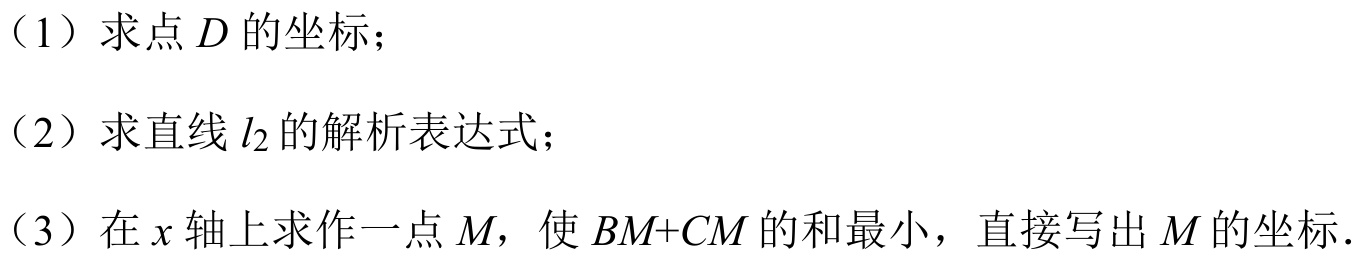
（1）求点\(D\)的坐标；
（2）求直线\(l_{2}\)的解析表达式；
（3）在\(x\)轴上求作一点\(M\)，使\(BM + CM\)的和最小，直接写出\(M\)的坐标．